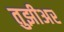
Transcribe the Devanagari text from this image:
तुझीअर